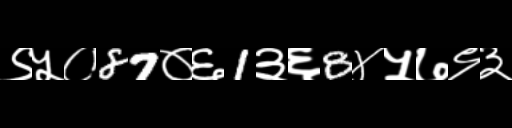
Text: ९५०87०६1३६8४५७९३